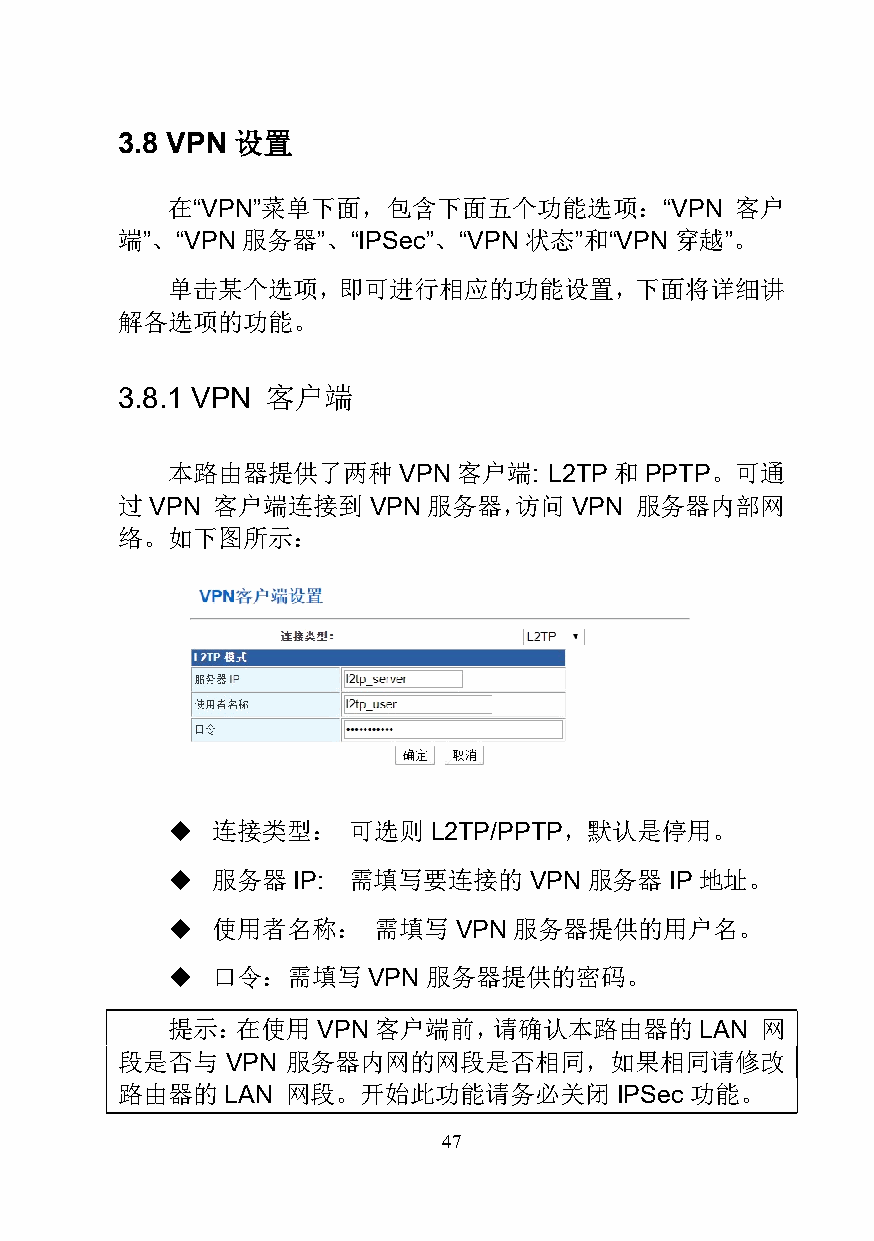
3.8 VPN 设置
 在“VPN”菜单下面，包含下面五个功能选项：“VPN            客户
 端”、“VPN 服务器”、“IPSec”、“VPN  状态”和“VPN  穿越”。
 单击某个选项，即可进行相应的功能设置，下面将详细讲
 解各选项的功能。
 3.8.1 VPN 客户端
 本路由器提供了两种      VPN 客户端:  L2TP 和 PPTP。可通
 过 VPN 客户端连接到    VPN 服务器，访问    VPN 服务器内部网
 络。如下图所示：
   连接类型：    可选则   L2TP/PPTP，默认是停用。
   服务器  IP: 需填写要连接的     VPN 服务器  IP地址。
   使用者名称：     需填写  VPN 服务器提供的用户名。
   口令：需填写    VPN 服务器提供的密码。
 提示：在使用    VPN 客户端前，请确认本路由器的        LAN 网
 段是否与   VPN 服务器内网的网段是否相同，如果相同请修改
 路由器的   LAN 网段。开始此功能请务必关闭         IPSec功能。
 47